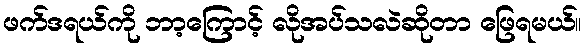
ဖက်ဒရယ်ကို ဘာ့ကြောင့် လိုအပ်သလဲဆိုတာ ဖြေရမယ်။